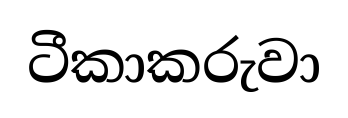
ටීකාකරුවා